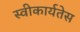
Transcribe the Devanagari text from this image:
स्वीकार्यतेस